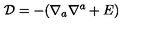
{ \cal D } = - ( \nabla _ { a } \nabla ^ { a } + E )